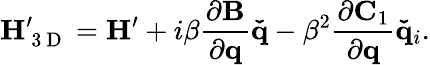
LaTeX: \mathbf{H}_{\mathrm{~3~D~}}^{\prime}=\mathbf{H}^{\prime}+i\beta\frac{\partial\mathbf{B}}{\partial\mathbf{q}}\mathbf{\check{q}}-\beta^{2}\frac{\partial\mathbf{C}_{1}}{\partial\mathbf{q}}\mathbf{\check{q}}_{i}.